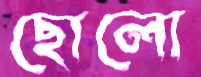
ছোলো